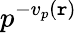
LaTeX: p^{-v_{p}(\mathtt{r})}